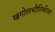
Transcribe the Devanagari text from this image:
खगोलभौतिकीचा